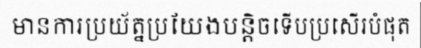
មានការប្រយ័ត្នប្រយែងបន្តិចទើបប្រសើរបំផុត